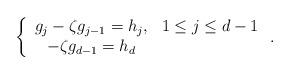
LaTeX: \begin{align*}\left\{ \begin{array}{cc}g_j - \zeta g_{j-1} = h_j, & 1\leq j\leq d-1 \\-\zeta g_{d-1} = h_d\end{array}\right..\end{align*}